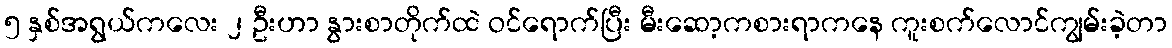
၅ နှစ်အရွယ်ကလေး ၂ ဦးဟာ နွားစာတိုက်ထဲ ဝင်ရောက်ပြီး မီးဆော့ကစားရာကနေ ကူးစက်လောင်ကျွမ်းခဲ့တာ